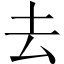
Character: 去